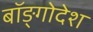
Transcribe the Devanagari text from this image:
बॉङ्गोदेश